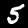
Digit: 5